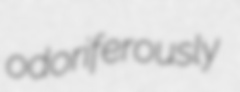
odoriferously